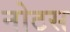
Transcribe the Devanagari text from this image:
नोटस